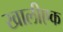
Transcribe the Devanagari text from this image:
खालीएक